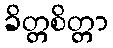
ခိတ္တစိတ္တာ